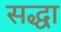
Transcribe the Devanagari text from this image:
सद्धा